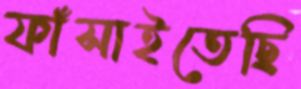
ফাঁসাইতেছি